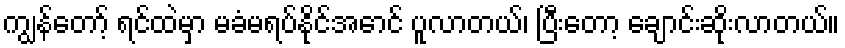
ကျွန်တော့် ရင်ထဲမှာ မခံမရပ်နိုင်အောင် ပူလာတယ်၊ ပြီးတော့ ချောင်းဆိုးလာတယ်။